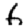
Digit: 6